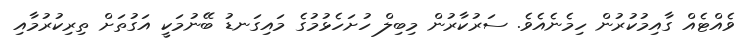
ވެއްޓެއް ގާއިމުކުރުން ހިމެނެއެވެ. ސަރުކާރުން މިބިލް ހުށަހެޅުމުގެ މައިގަނޑު ބޭނުމަކީ އަގުތަށް ތިރިކުރުމާއި